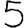
Digit: 5